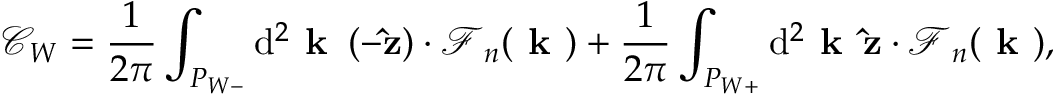
\mathcal { C } _ { W } = \frac { 1 } { 2 \pi } \int _ { P _ { W - } } \mathrm { d } ^ { 2 } \textbf { k } \, ( - \mathbf { \hat { z } } ) \cdot \boldsymbol { \mathcal { F } } _ { n } ( \textbf { k } ) + \frac { 1 } { 2 \pi } \int _ { P _ { W + } } \mathrm { d } ^ { 2 } \textbf { k } \, \mathbf { \hat { z } } \cdot \boldsymbol { \mathcal { F } } _ { n } ( \textbf { k } ) ,